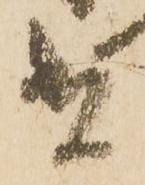
者